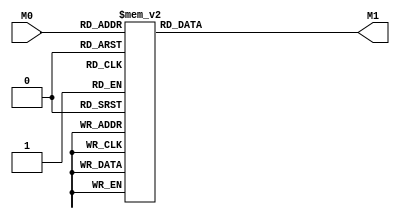
module layer0_N19 ( input [3:0] M0, output [1:0] M1 );

	(*rom_style = "distributed" *) reg [1:0] M1r;
	assign M1 = M1r;
	always @ (M0) begin
		case (M0)
			4'b0000: M1r = 2'b00;
			4'b1000: M1r = 2'b01;
			4'b0100: M1r = 2'b01;
			4'b1100: M1r = 2'b11;
			4'b0010: M1r = 2'b00;
			4'b1010: M1r = 2'b00;
			4'b0110: M1r = 2'b00;
			4'b1110: M1r = 2'b11;
			4'b0001: M1r = 2'b11;
			4'b1001: M1r = 2'b11;
			4'b0101: M1r = 2'b11;
			4'b1101: M1r = 2'b11;
			4'b0011: M1r = 2'b10;
			4'b1011: M1r = 2'b11;
			4'b0111: M1r = 2'b11;
			4'b1111: M1r = 2'b11;

		endcase
	end
endmodule